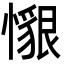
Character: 𢢽